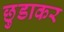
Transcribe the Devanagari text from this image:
छुडाकर